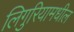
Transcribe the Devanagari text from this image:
लिगुरियामधील